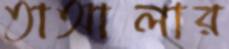
তাআলার